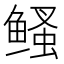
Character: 鳋